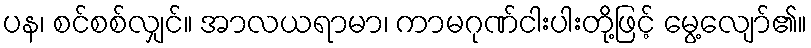
ပန၊ စင်စစ်လျှင်။ အာလယရာမာ၊ ကာမဂုဏ်ငါးပါးတို့ဖြင့် မွေ့လျော်၏။